Report on horse surra - Volume II, Part II
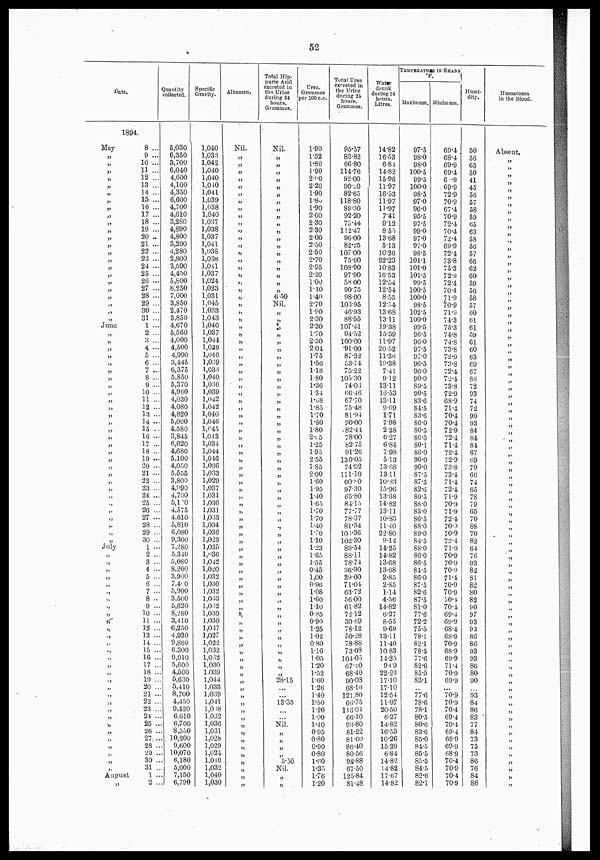
52
Date.
Q
c
1894
May
„
„
„
„
„
„
„
„
June
July
'
'
„
„
„
August
;9
8 ...
9 ...
10 ...
11 ...
12 ...
13 ...
14 ...
15 ...
16 ...
17 ...
18 ...
19 ...
20 ..
21 ...
22 ...
23 ...
24 ...
25 ...
26 ...
27 ...
28 ...
29 ...
30 ...
31 ...
1 ...
2 ...
8 ...
4 ...
5 ...
6 ...
7 ...
8 ...
9 ...
10 ...
11 ...
12 ...
13 ...
14 ...
15 ..
16 ...
17 ...
18 ...
19 ...
20 ...
21 ...
22 ...
23 ...
24 ...
25 ...
26 ...
27 ...
28 ...
29 ..
30 ..
1 ...
2
3 .
4 ....
5 ..
6 ..
7 ...
8 ..
9 ...
10...
11 ..
12 ..
13 ...
14 ..
15 ..
16 ..
17 ..
18 ..
19 .
20 .
21 .
22 .
23 .
24 .
25 .
26 .
27..
28 .
29 .
30 .
31
1 .
2
uantity
ollected.
5,030
6,350
3,700
6,040
4,600
4,100
4,350
6,600
4,700
4,610
3,280
4,890
4,800
3,290
4,280
2,800
3,590
4,450
5,800
8,250
7,000
3,850
2,470
3,850
4,670
5,560
4,000
4,500
4,990
3,445
6,375
5,850
5,370
4,960
4,030
4,080
4,820
5,000
4.580
3,845
6,620
4,680
5,100
4,050
5.555
3,800
4,990
4,700
5,100
4,575
4,610
5,810
6,080
9,300
7,280
5,340
5,080
8.200
3.900
7.4' 0
5,900
3,500
5,620
8,280
3,410
.
6,250
.4,930
.
9,860
.
6.300
.
9,„0
.
5,600
.
4,500
.
5,630
.
5,410
.
8,700
4,450
.
9,420
.
6.610
..
6,700
8,550
.. 10,200
.. 9,600
.. 10,070
..
6,180
.. 5,000
..
7,150
... 6,790
Specific
Gravity.
1,040
1,033
1,042
1,040
1,040
1,040
1,041
1,039
1,038
1.040
1,037
1,038
1,037
1,041
1,036
1,038
1,041
1,037
1,024
1,023
1,031
1,045
1,033
1,043
1,04C
1,087
1,044
l,039
1,040
1,039
1,033
1,040
1,036
1,039
1,042
1,042
l,040
1,046
1,043
1,043
1,034
1,044
1,016
1,036
1,033
1,029
1,037
1,031
1,035
1,031
1,033
1,034
1,036
1,023
1,025
l,036
1,042
1,020
1,032
1,030
1,032
1,033
1,032
1,030
1,030
1,037
1,027
1,022
1,032
1,032
1,030
1.039
1,044
1.033
1,039
1,041
1,018
1.032
1,036
1,031
1,028
1,029
1,024
1,040
1,040
1030
Albumen.
Nil.
„
„
„
„
„
„
„
„
„
„
„
„
„
„
„
„
„
„
„
„
„
„
„
„
„
„
„
„
„
„
„
„
„ „
„
„
„
„
„
„
„
„
„
„
„
„
„
„
„
„
„
„
„
„
Total Hip¬
puric Acid
xcreted in
the Urine
during 24
hours.
Grammes.
Nil.
„
„
„
„
„
„
„
„
„
„
„
„
„
„
„
„
„
„
„
650
Nil.
„
„
„
„
„
„
„
„
„
„
„
„
„
„
„
„
„
„
„
„
„
„
„
„
„
„
„
„
„
„
„
„
„
„
„
„
„
„
„
„
„
„
28.15
...
13.35
Nil.
„
„
„
„
5.30
Nil.
„
„
Urea.
Grammes
per 100 c.c.
1.90
1.32
1.80
1.90
2.0O
2.20
1.90
1.80
1.90
2.00
2.30
2.30
2.00
2.50
2.50
2.70
2.95
2.20
1.00
1.10
1.40
270
1.90
2.30
2.30
1.70
2.50
2.04
1.75
1.56
1.18
1.80
1.36
1.34
1.08
1.85
1.70
1.80
1.80
2.05
1.25
1.95
2.55
1.85
2.00
1.60
1.95
1.40
1.65
1.70
170
1.40
1.70
110
1.23
1.65
1.55
0.45
1,00
0.96
1.08
1.60
1.10
0.85
0.90
1.25
1.02
0.80
1.10
1.05
1.20
1.52
1.60
1.26
1.40
1.50
1.20
1.00
1.40
095
0.80
0.90
0.80
1.60
1.35
1.76
1.20
Total Urea
aviated in
the Urine
Grammes.
95.57
83.82
66.80
114.76
92.00
90.0
82.65
118.80
89.30
92.20
75.44
112.47
96.00
82.25
107.00
75.60
103.90
97.90
58.00
90.75
98.00
103.95
46.93
88.55
107.41
94.52
100.00
'„.00
87.32
53.74
75.22
105.30
74.03
66.46
67.70
75.48
81.94
90.00
.82.41
78.00
82.75
„.26
130.05
74.92
111.10
60.80
97.30
65.80
84.15
77.77
78.37
81.34
103.36
102.30
89.54
88.11
78.74
36.90
39.00
71.04
63.72
56.00
61.82
72.12
30.69
78.12
50.28
78.88
73.08
104.05
67.20
68.40
90.03
68.16
121.80
66.75
113.04
66.10
93.80
81.22
81.60
86.40
80.56
98.88
67.50
125.84
81.48
Water drunk
during 24 hours
litres.
14.82
16.53
6.81.
14.82
15.96
11.97
16.53
11.97
11.97
7.41
„2
8.50
13.68
5.13
10.26
22.23
10.83
16.53
12.54
12.54
8.55
12.54
13 68
13.11
19.38
15.39
11.97
20.52
11.36
19.38
7.41
„2
13.11
16.53
13.11
9.69
1.71
7.98
2.28
6.27
6.84
7.98
513
13.68
13.11
10.83
15.96
13.68
14.82
13.11
10.83
11.40
22.80
9.12
14.25
14.82
13.68
13.68
2.85
2.85
1.14
4.56
14.82
6.27
8.55
9.69
13.11
11.40
10 83
14.25
9.69
22.23
17.10
17.10
12.51
11.97
20.50
6.27
14.82
16.53
10.26
1539
6.84
14.82
14.82
17.67
14.82
TEMPERATURE IN SHADE
F.
Maximum. M
97.5
98.0
98.0
100.5
99.5
100.0
98.5
97.0
96.0
95.5
97.5
99.0
97.0
97.0
98..5
101.1
101.0
101.5
99.5
100.5
100.0
98.5
102.5
100.0
99"5
96.5
96.0
97.5
97.0
96.5
96.0
90.0
89.5
90.5
83.6
84.5
83.6
86.0
80.5
86.5
80.1
83.0
90.0
90.0
87.5
87.5
82.6
89.5
88.0
85.0
86.5
88.0
89.0
84.5
88.0
86.0
86.5
84.5
86.0
87.5
82.6
87.5
81.0
77.6
72.2
75.5
78.1
82.1
78.5
77.6
82.6
85.5
83.1
77.6
78.6
78.1
80.5
80.6
83.6
85.0
84.5
85.5
85.5
84.5
82.6
82.1
inimum.
69.4
68.4
69.9
69.4
6.'9
69.9
72.9
70.9
67.4
70.9
72.4
70.4
72.4
69.9
72.4
73.8
75.3
72.9
72.4
70.4
71.9
70.9
71.9
74.3
75.3
74.8
74.8
73.8
72.9
73.8
72.4
72.4
73.8
72.9
68.9
71.4
70.4
70.4
72.9
72.4
714
72.4
72.9
73.8
73.4
71.4
72.4
71.9
70.9
71.9
72.4
70v)
70.9
72.4
71.9
70.9
70.9
70.9
71.4
70.9
70.9
70.4
70.4
69.4
69.9
68.4
68.9
70.9
68.9
69.9
71.4
70.9
69.9
...
70.9
70..9
70.4
69.4
70.4
69.4
69.9
69.9
68.9
70.4
70.9
70.4
70.9
Humi-
dity.
50
56
63
50
41
45
56
57
58
59
65
63
58
56
57
66
62
60
59
56
58
57
60
61
61
59
61
60
63
69
67
86
72
93
74
72
90
93
84
84
84
67
69
70
66
74
65
78
79
65
70
88
70
82
64
76
93
82
81
82
80
82
90
97
93
93
86
86
93
93
86
80
90
93
84
86
83
77
84
73
75
73
86
76
84
86
Hætnatozoa
in the Blood.
Absent.
„
„
„
„
„
„
„
„
„
„
„
„
„
„
„
„
„
„
„
„
„
„
„
„
„
„
„
„
„
„
„
„
„
„
„
„
„
„
„
,'
„
„
„
„
„
„
„
„
„
„
„
„
„
„
„
„
„
„
„
„
„
„
„
„
„
„
„
„
„
„
„
„
„
„
„
„
„
„
„
„
„
„
„
„
„